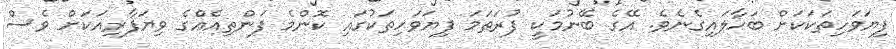
ފިޔަވަހިތަކަކަށް ބަހާލައިގެނެވެ. އޭގެ ބޭނުމަކީ ފުރަތަމަ ފިޔަވަހިތަކުގައި ކޮންމެ ފަންތިއެއްގެ ވިޔަފާރިއަކަށް ވެސް